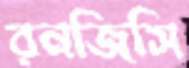
রনজিসি